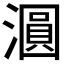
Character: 𣿹